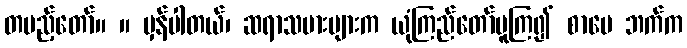
တပည့်တော်။ ။ မှန်ပါတယ်၊ ဆရာသမားများက ယုံကြည်တော်မူကြ၍ စာပေ ဘက်က